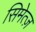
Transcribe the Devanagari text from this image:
सिमेत्ज़